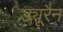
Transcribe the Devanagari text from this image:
ड्यूरैन